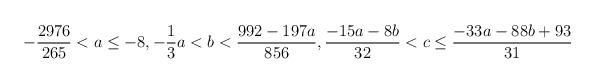
LaTeX: \begin{align*} -\frac{2976}{265}<a\leq -8, -\frac{1}{3}a<b<\frac{992-197a}{856}, \frac{-15a-8b}{32}<c\leq \frac{-33a-88b+93}{31}\end{align*}